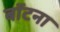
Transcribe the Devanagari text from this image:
बॉटना